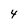
Character: 4